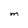
Character: M